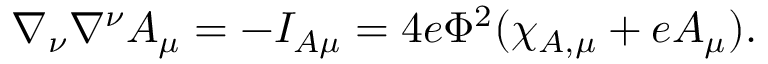
\nabla _ { \nu } \nabla ^ { \nu } A _ { \mu } = - I _ { A \mu } = 4 e \Phi ^ { 2 } ( \chi _ { A , \mu } + e A _ { \mu } ) .